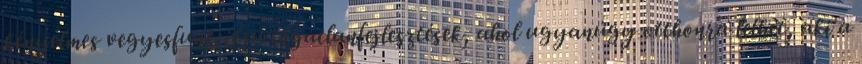
kényelmes vegyesfunkciójú ingatlanfejlesztések, ahol ugyanúgy otthonra lelhet, aki a